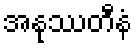
အနုဿတီနံ